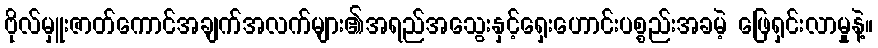
ဗိုလ်မှူးဇာတ်ကောင်အချက်အလက်များ၏အရည်အသွေးနှင့်ရှေးဟောင်းပစ္စည်းအခမဲ့ ဖြေရှင်းလာမှုနဲ့။